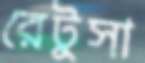
রেটুসা